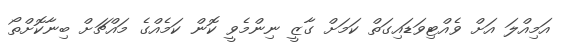
އަމިއްލަ އަށް ވެއްޓިވަޑައިގަތް ކަމަށް ގާޒީ ނިންމެވީ ކޮން ކަމެއްގެ މައްޗަށް ބިނާކޮށްތޯ